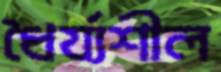
ধৈর্য্যশীল